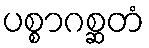
ပစ္စာဂစ္ဆတံ